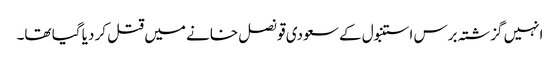
انہیں گزشتہ برس استنبول کے سعودی قونصل خانے میں قتل کر دیا گیا تھا۔